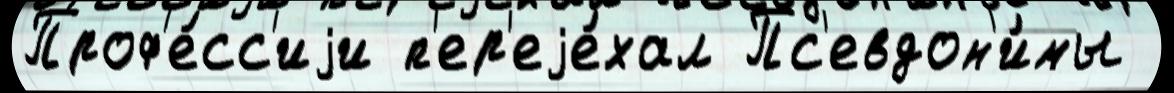
Проф'е́сс'иjи п'ер'еjе́хал Пс'евдон'и́мы